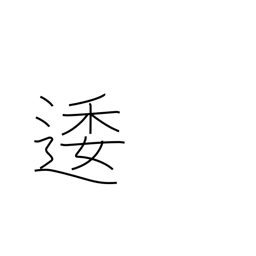
Meaning: winding